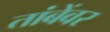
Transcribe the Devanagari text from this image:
तांबेंवर